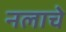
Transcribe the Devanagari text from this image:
नलाचे